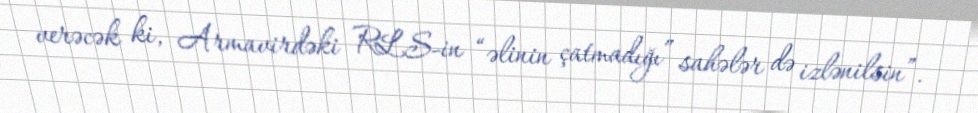
verəcək ki, Armavirdəki RLS-in “əlinin çatmadığı” sahələr də izlənilsin”.